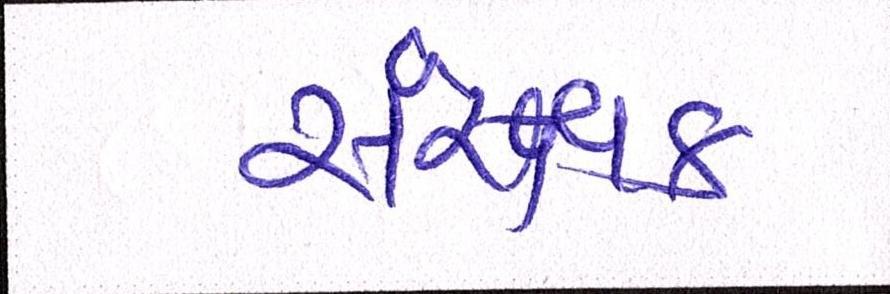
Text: સંરક્ષક